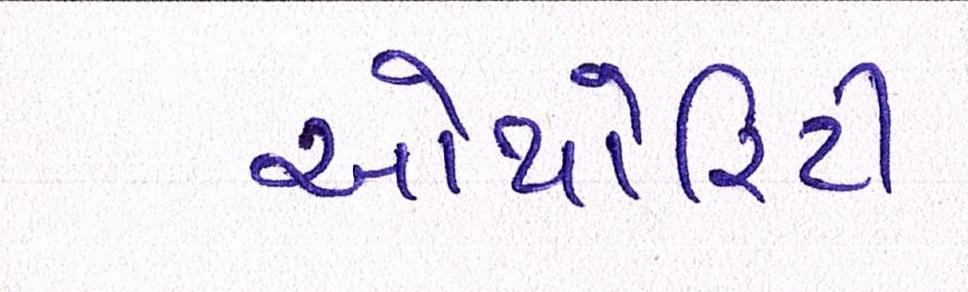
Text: ઓથોરિટી